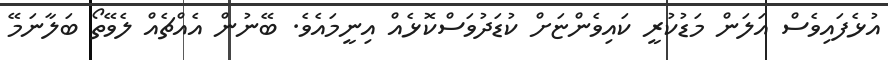
އުޅެފައިވެސް އަލަން މަޑުކުރީ ކައިވެންޏަށް ކުޑަދުވަސްކޮޅެއް އިނީމައެވެ. ބޭނުން އެއްޗެއް ލެވޭތޯ ބަލާނަމޭ